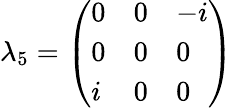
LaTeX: \lambda_{5}={\left(\begin{array}{lll}{0}&{0}&{-i}\\ {0}&{0}&{0}\\ {i}&{0}&{0}\end{array}\right)}